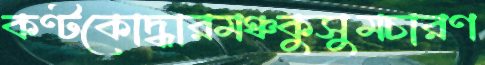
কণ্টকোদ্ধারমঞ্চকুসুমচারণ